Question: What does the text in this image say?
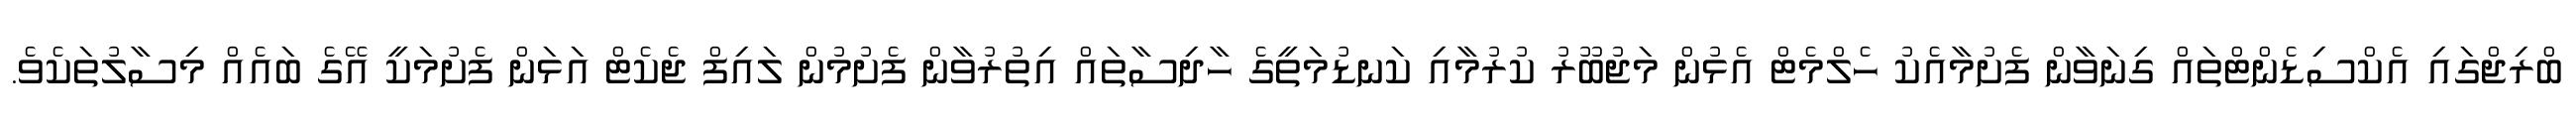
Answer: ބްރިޖްގައި އެކްސިޑެންޓްތައް ގިނަވާން ފެށުމާއެކު ހެލްމެޓް އެޅުން މަޖުބޫރު ކުރުމާއި ކަނޑުމަތީގެ ހާދިސާތައް އިތުރުވާން ފެށުމުން ލައިފް ޖެކެޓް އަޅަން ފެށުމަކީ އޭގެ ބައެއް މިސާލުތަކެވެ.